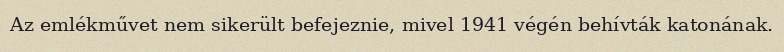
Az emlékművet nem sikerült befejeznie, mivel 1941 végén behívták katonának.